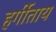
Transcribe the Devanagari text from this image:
हर्गीताय